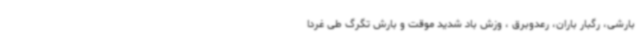
بارشی، رگبار باران، رعدوبرق ، وزش باد شدید موقت و بارش تگرگ طی غردا